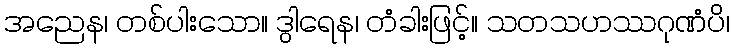
အညေန၊ တစ်ပါးသော။ ဒွါရေန၊ တံခါးဖြင့်။ သတသဟဿဂုဏံပိ၊